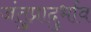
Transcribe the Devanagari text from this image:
जंतुप्रादुर्भाव